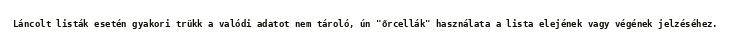
Láncolt listák esetén gyakori trükk a valódi adatot nem tároló, ún "őrcellák" használata a lista elejének vagy végének jelzéséhez.